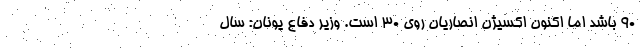
۹۰ باشد اما اکنون اکسیژن انصاریان روی ۳۰ است. وزیر دفاع یونان: سال